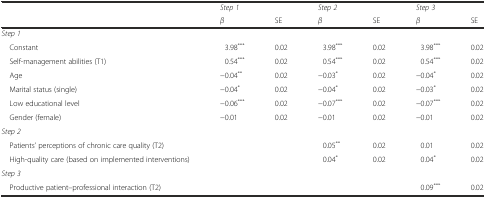
<table><thead><tr><td rowspan="2"></td><td><b><i>Step 1</i></b></td><td></td><td><b><i>Step 2</i></b></td><td></td><td><b><i>Step 3</i></b></td><td></td></tr><tr><td><b><i>β</i></b></td><td><b>SE</b></td><td><b><i>β</i></b></td><td><b>SE</b></td><td><b><i>β</i></b></td><td><b>SE</b></td></tr></thead><tbody><tr><td colspan="7"><i>Step 1</i></td></tr><tr><td> Constant</td><td>3.98<sup>***</sup></td><td>0.02</td><td>3.98<sup>***</sup></td><td>0.02</td><td>3.98<sup>***</sup></td><td>0.02</td></tr><tr><td> Self-management abilities (T1)</td><td>0.54<sup>***</sup></td><td>0.02</td><td>0.54<sup>***</sup></td><td>0.02</td><td>0.54<sup>***</sup></td><td>0.02</td></tr><tr><td> Age</td><td>−0.04<sup>**</sup></td><td>0.02</td><td>−0.03<sup>*</sup></td><td>0.02</td><td>−0.04<sup>*</sup></td><td>0.02</td></tr><tr><td> Marital status (single)</td><td>−0.04<sup>*</sup></td><td>0.02</td><td>−0.04<sup>*</sup></td><td>0.02</td><td>−0.03<sup>*</sup></td><td>0.02</td></tr><tr><td> Low educational level</td><td>−0.06<sup>***</sup></td><td>0.02</td><td>−0.07<sup>***</sup></td><td>0.02</td><td>−0.07<sup>***</sup></td><td>0.02</td></tr><tr><td> Gender (female)</td><td>−0.01</td><td>0.02</td><td>−0.01</td><td>0.02</td><td>−0.01</td><td>0.02</td></tr><tr><td colspan="7"><i>Step 2</i></td></tr><tr><td> Patients’ perceptions of chronic care quality (T2)</td><td></td><td></td><td>0.05<sup>**</sup></td><td>0.02</td><td>0.01</td><td>0.02</td></tr><tr><td> High-quality care (based on implemented interventions)</td><td></td><td></td><td>0.04<sup>*</sup></td><td>0.02</td><td>0.04<sup>*</sup></td><td>0.02</td></tr><tr><td colspan="7"><i>Step 3</i></td></tr><tr><td> Productive patient–professional interaction (T2)</td><td></td><td></td><td></td><td></td><td>0.09<sup>***</sup></td><td>0.02</td></tr></tbody></table>